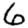
Digit: 6